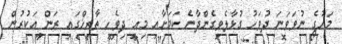
މަހުގެ ނުވަވަނަ ދުވަހު ގުޅާލެވިގެންދާނެ ކަމަށާއި މިއީ ދިވެހި ތާރީޚްގައި ރަން އަކުރުން